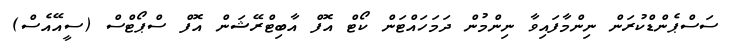
ސަސްޕެންޑްކުރަން ނިންމާފައިވާ ނިންމުން ދަމަހައްޓަން ކޯޓް އޮފް އާބިޓްރޭޝަން އޮފް ސްޕޯޓްސް (ސީއޭއެސް)